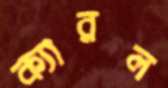
ক্যারল